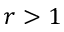
r > 1